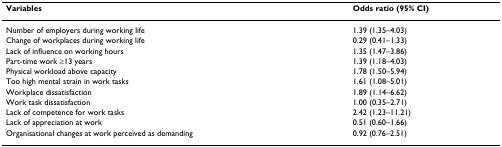
<table><thead><tr><td><b>Variables</b></td><td><b>Odds ratio (95% CI)</b></td></tr></thead><tbody><tr><td>Number of employers during working life</td><td>1.39 (1.35–4.03)</td></tr><tr><td>Change of workplaces during working life</td><td>0.29 (0.41–1.33)</td></tr><tr><td>Lack of influence on working hours</td><td>1.35 (1.47–3.86)</td></tr><tr><td>Part-time work ≥13 years</td><td>1.39 (1.18–4.03)</td></tr><tr><td>Physical workload above capacity</td><td>1.78 (1.50–5.94)</td></tr><tr><td>Too high mental strain in work tasks</td><td>1.61 (1.08–5.01)</td></tr><tr><td>Workplace dissatisfaction</td><td>1.89 (1.14–6.62)</td></tr><tr><td>Work task dissatisfaction</td><td>1.00 (0.35–2.71)</td></tr><tr><td>Lack of competence for work tasks</td><td>2.42 (1.23–11.21)</td></tr><tr><td>Lack of appreciation at work</td><td>0.51 (0.60–1.66)</td></tr><tr><td>Organisational changes at work perceived as demanding</td><td>0.92 (0.76–2.51)</td></tr></tbody></table>